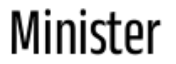
Minister